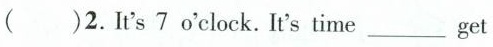
()2.It's 7 o'clock. It's time ___ get